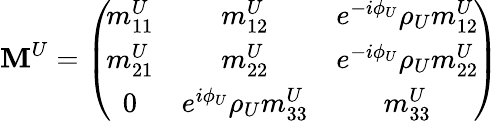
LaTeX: \mathbf{M}^{U}=\left(\! {\begin{array}{ccc}{{{m_{11}^{U}}}}&{{{m_{12}^{U}}}}&{{e^{{-i{\phi_{U}}}}{\rho_{U}}{m_{12}^{U}}}}\\ {{{m_{21}^{U}}}}&{{{m_{22}^{U}}}}&{{e^{{-i{\phi_{U}}}}{\rho_{U}}{m_{22}^{U}}}}\\ {{0}}&{{e^{{i{\phi_{U}}}}{\rho_{U}}{m_{33}^{U}}}}&{{{m_{33}^{U}}}}\end{array}}\! \right)